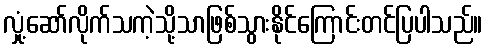
လှုံ့ဆော်လိုက်သကဲ့သို့သာဖြစ်သွားနိုင်ကြောင်းတင်ပြပါသည်။